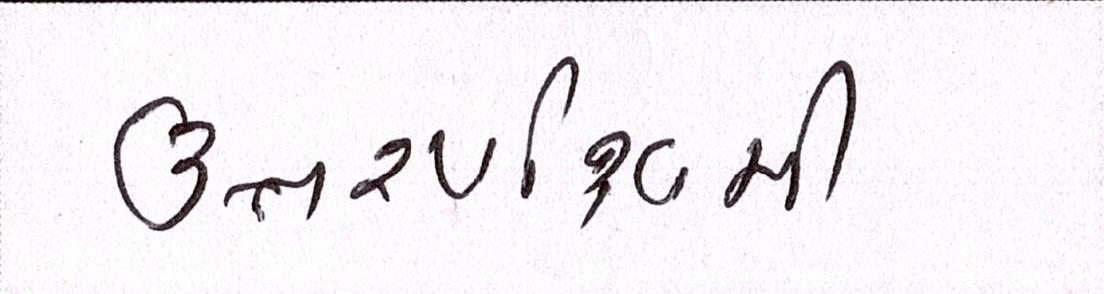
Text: ઉત્તરપશ્ચિમી